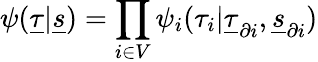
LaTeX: \psi(\underline{{\tau}}|\underline{{s}})=\prod_{i\in V}\psi_{i}(\tau_{i}|\underline{{\tau}}_{\partial i},\underline{{s}}_{\partial i})